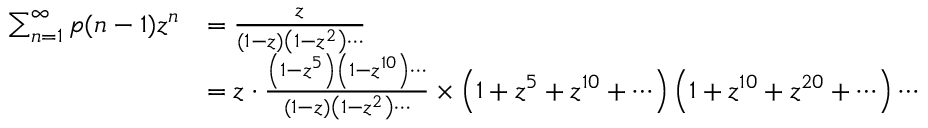
{ \begin{array} { r l } { \sum _ { n = 1 } ^ { \infty } p ( n - 1 ) z ^ { n } } & { = { \frac { z } { ( 1 - z ) \left( 1 - z ^ { 2 } \right) \cdots } } } \\ & { = z \cdot { \frac { \left( 1 - z ^ { 5 } \right) \left( 1 - z ^ { 1 0 } \right) \cdots } { ( 1 - z ) \left( 1 - z ^ { 2 } \right) \cdots } } \times \left( 1 + z ^ { 5 } + z ^ { 1 0 } + \cdots \right) \left( 1 + z ^ { 1 0 } + z ^ { 2 0 } + \cdots \right) \cdots } \end{array} }